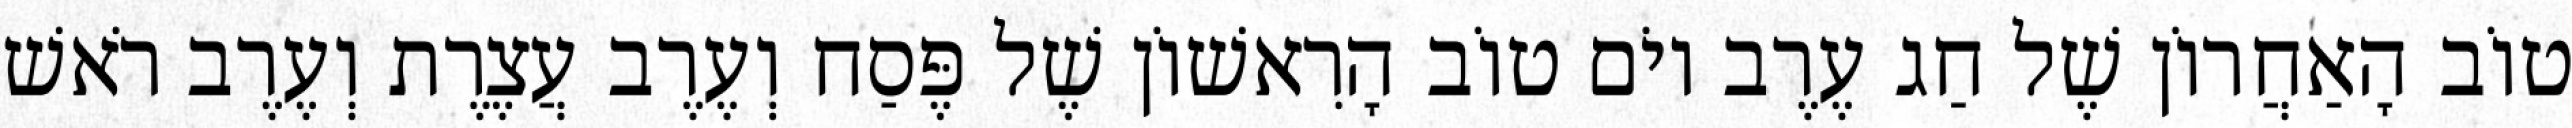
טוֹב הָאַחֲרוֹן שֶׁל חַג עֶרֶב יוֹם טוֹב הָרִאשׁוֹן שֶׁל פֶּסַח וְעֶרֶב עֲצֶרֶת וְעֶרֶב רֹאשׁ